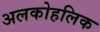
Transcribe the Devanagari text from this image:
अलकोहलिक